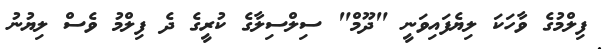
ފިލްމުގެ ވާހަކަ ލިޔެފައިވަނީ "ދޫމް" ސިލްސިލާގެ ކުރީގެ ދެ ފިލްމު ވެސް ލިޔުނު